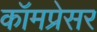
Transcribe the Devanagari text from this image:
कॉमप्रेसर